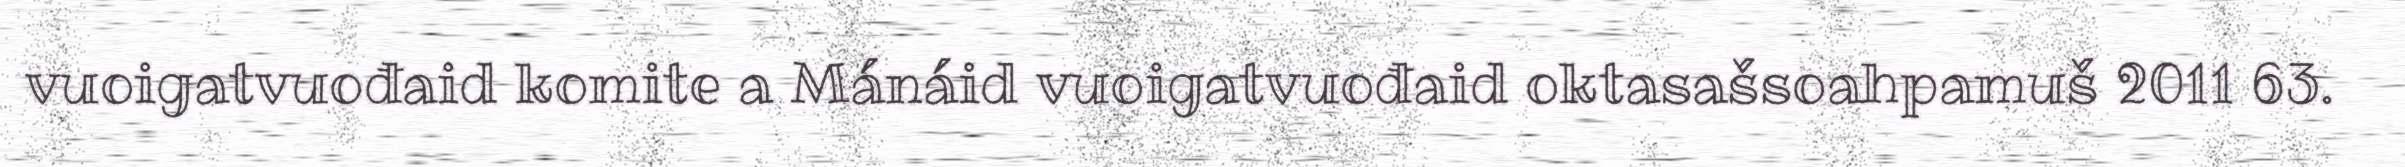
vuoigatvuođaid komite a Mánáid vuoigatvuođaid oktasašsoahpamuš 2011 63.